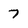
Character: 7